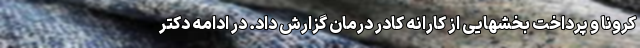
کرونا و پرداخت بخشهایی از کارانه کادر درمان گزارش داد. در ادامه دکتر